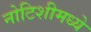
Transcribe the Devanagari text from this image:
नोटिशीमध्ये